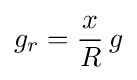
g_{r}={\frac {x}{R}}\,g